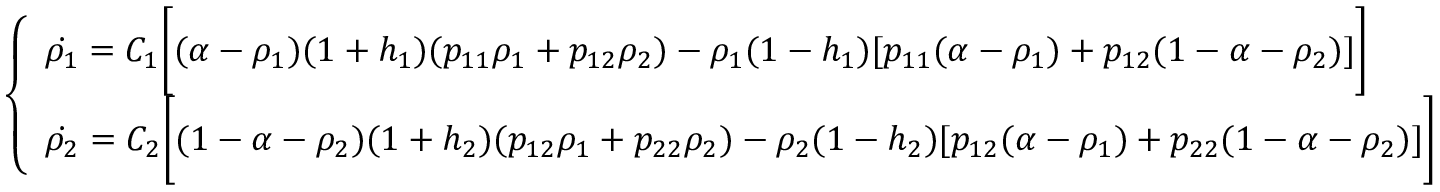
\left\{ \begin{array} { l l } { \dot { \rho _ { 1 } } = C _ { 1 } \bigg [ ( \alpha - \rho _ { 1 } ) ( 1 + h _ { 1 } ) ( p _ { 1 1 } \rho _ { 1 } + p _ { 1 2 } \rho _ { 2 } ) - \rho _ { 1 } ( 1 - h _ { 1 } ) [ p _ { 1 1 } ( \alpha - \rho _ { 1 } ) + p _ { 1 2 } ( 1 - \alpha - \rho _ { 2 } ) ] \bigg ] } \\ { \dot { \rho _ { 2 } } = C _ { 2 } \bigg [ ( 1 - \alpha - \rho _ { 2 } ) ( 1 + h _ { 2 } ) ( p _ { 1 2 } \rho _ { 1 } + p _ { 2 2 } \rho _ { 2 } ) - \rho _ { 2 } ( 1 - h _ { 2 } ) [ p _ { 1 2 } ( \alpha - \rho _ { 1 } ) + p _ { 2 2 } ( 1 - \alpha - \rho _ { 2 } ) ] \bigg ] } \end{array} \right.